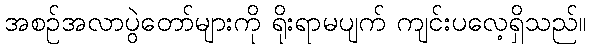
အစဉ်အလာပွဲတော်များကို ရိုးရာမပျက် ကျင်းပလေ့ရှိသည်။